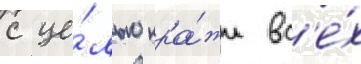
с це́лью кра́жи вс'е́х